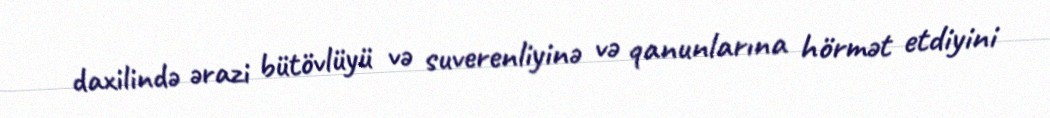
daxilində ərazi bütövlüyü və suverenliyinə və qanunlarına hörmət etdiyini